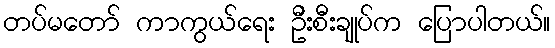
တပ်မတော် ကာကွယ်ရေး ဦးစီးချုပ်က ပြောပါတယ်။